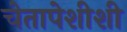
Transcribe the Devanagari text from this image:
चेतापेशीशी